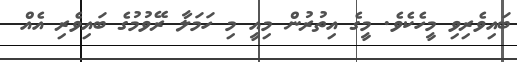
ބައިވެރިވި މީހެކެވެ. މީގެ އިތުރުން މިއީ މި ހަމަލާ ރޭވުމުގެ ބައިވެރި އެއް